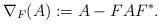
LaTeX: \begin{align*} \nabla_F(A) := A - F A F^*.\end{align*}